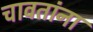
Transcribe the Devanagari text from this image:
चावतांना